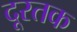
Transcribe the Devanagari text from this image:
दूरतक